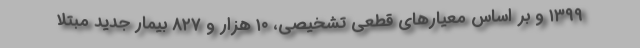
۱۳۹۹ و بر اساس معیارهای قطعی تشخیصی، ۱۰ هزار و ۸۲۷ بیمار جدید مبتلا